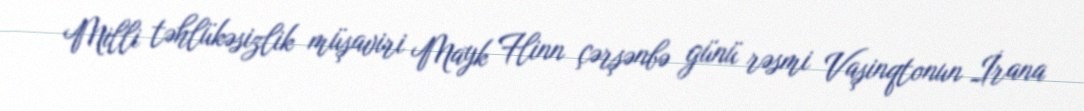
Milli təhlükəsizlik müşaviri Mayk Flinn çərşənbə günü rəsmi Vaşinqtonun İrana